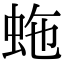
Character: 𧉮